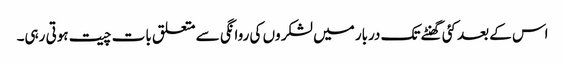
اس کے بعد کئی گھنٹے تک دربار میں لشکر وں کی روانگی سے متعلق بات چیت ہوتی رہی۔